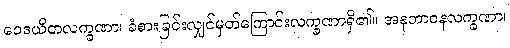
ဝေဒယိတလက္ခဏာ၊ ခံစားခြင်းလျှင်မှတ်ကြောင်းလက္ခဏာရှိ၏။ အနုဘာဝနလက္ခဏာ၊